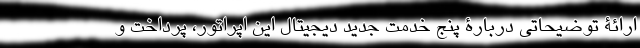
ارائۀ توضیحاتی دربارۀ پنج خدمت جدید دیجیتالِ این اپراتور، پرداخت و